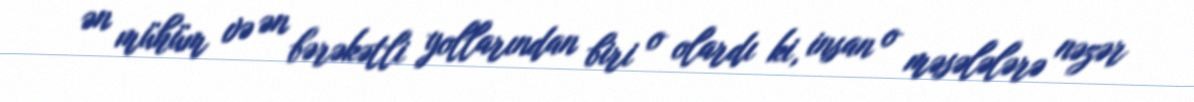
ən mühüm və ən bərəkətli yollarından biri o olardı ki, insan o məsələlərə nəzər